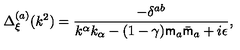
\Delta _ { \xi } ^ { ( a ) } ( k ^ { 2 } ) = \frac { - \delta ^ { a b } } { k ^ { \alpha } k _ { \alpha } - ( 1 - \gamma ) { \sf m } _ { a } \bar { \sf m } _ { a } + i \epsilon } ,